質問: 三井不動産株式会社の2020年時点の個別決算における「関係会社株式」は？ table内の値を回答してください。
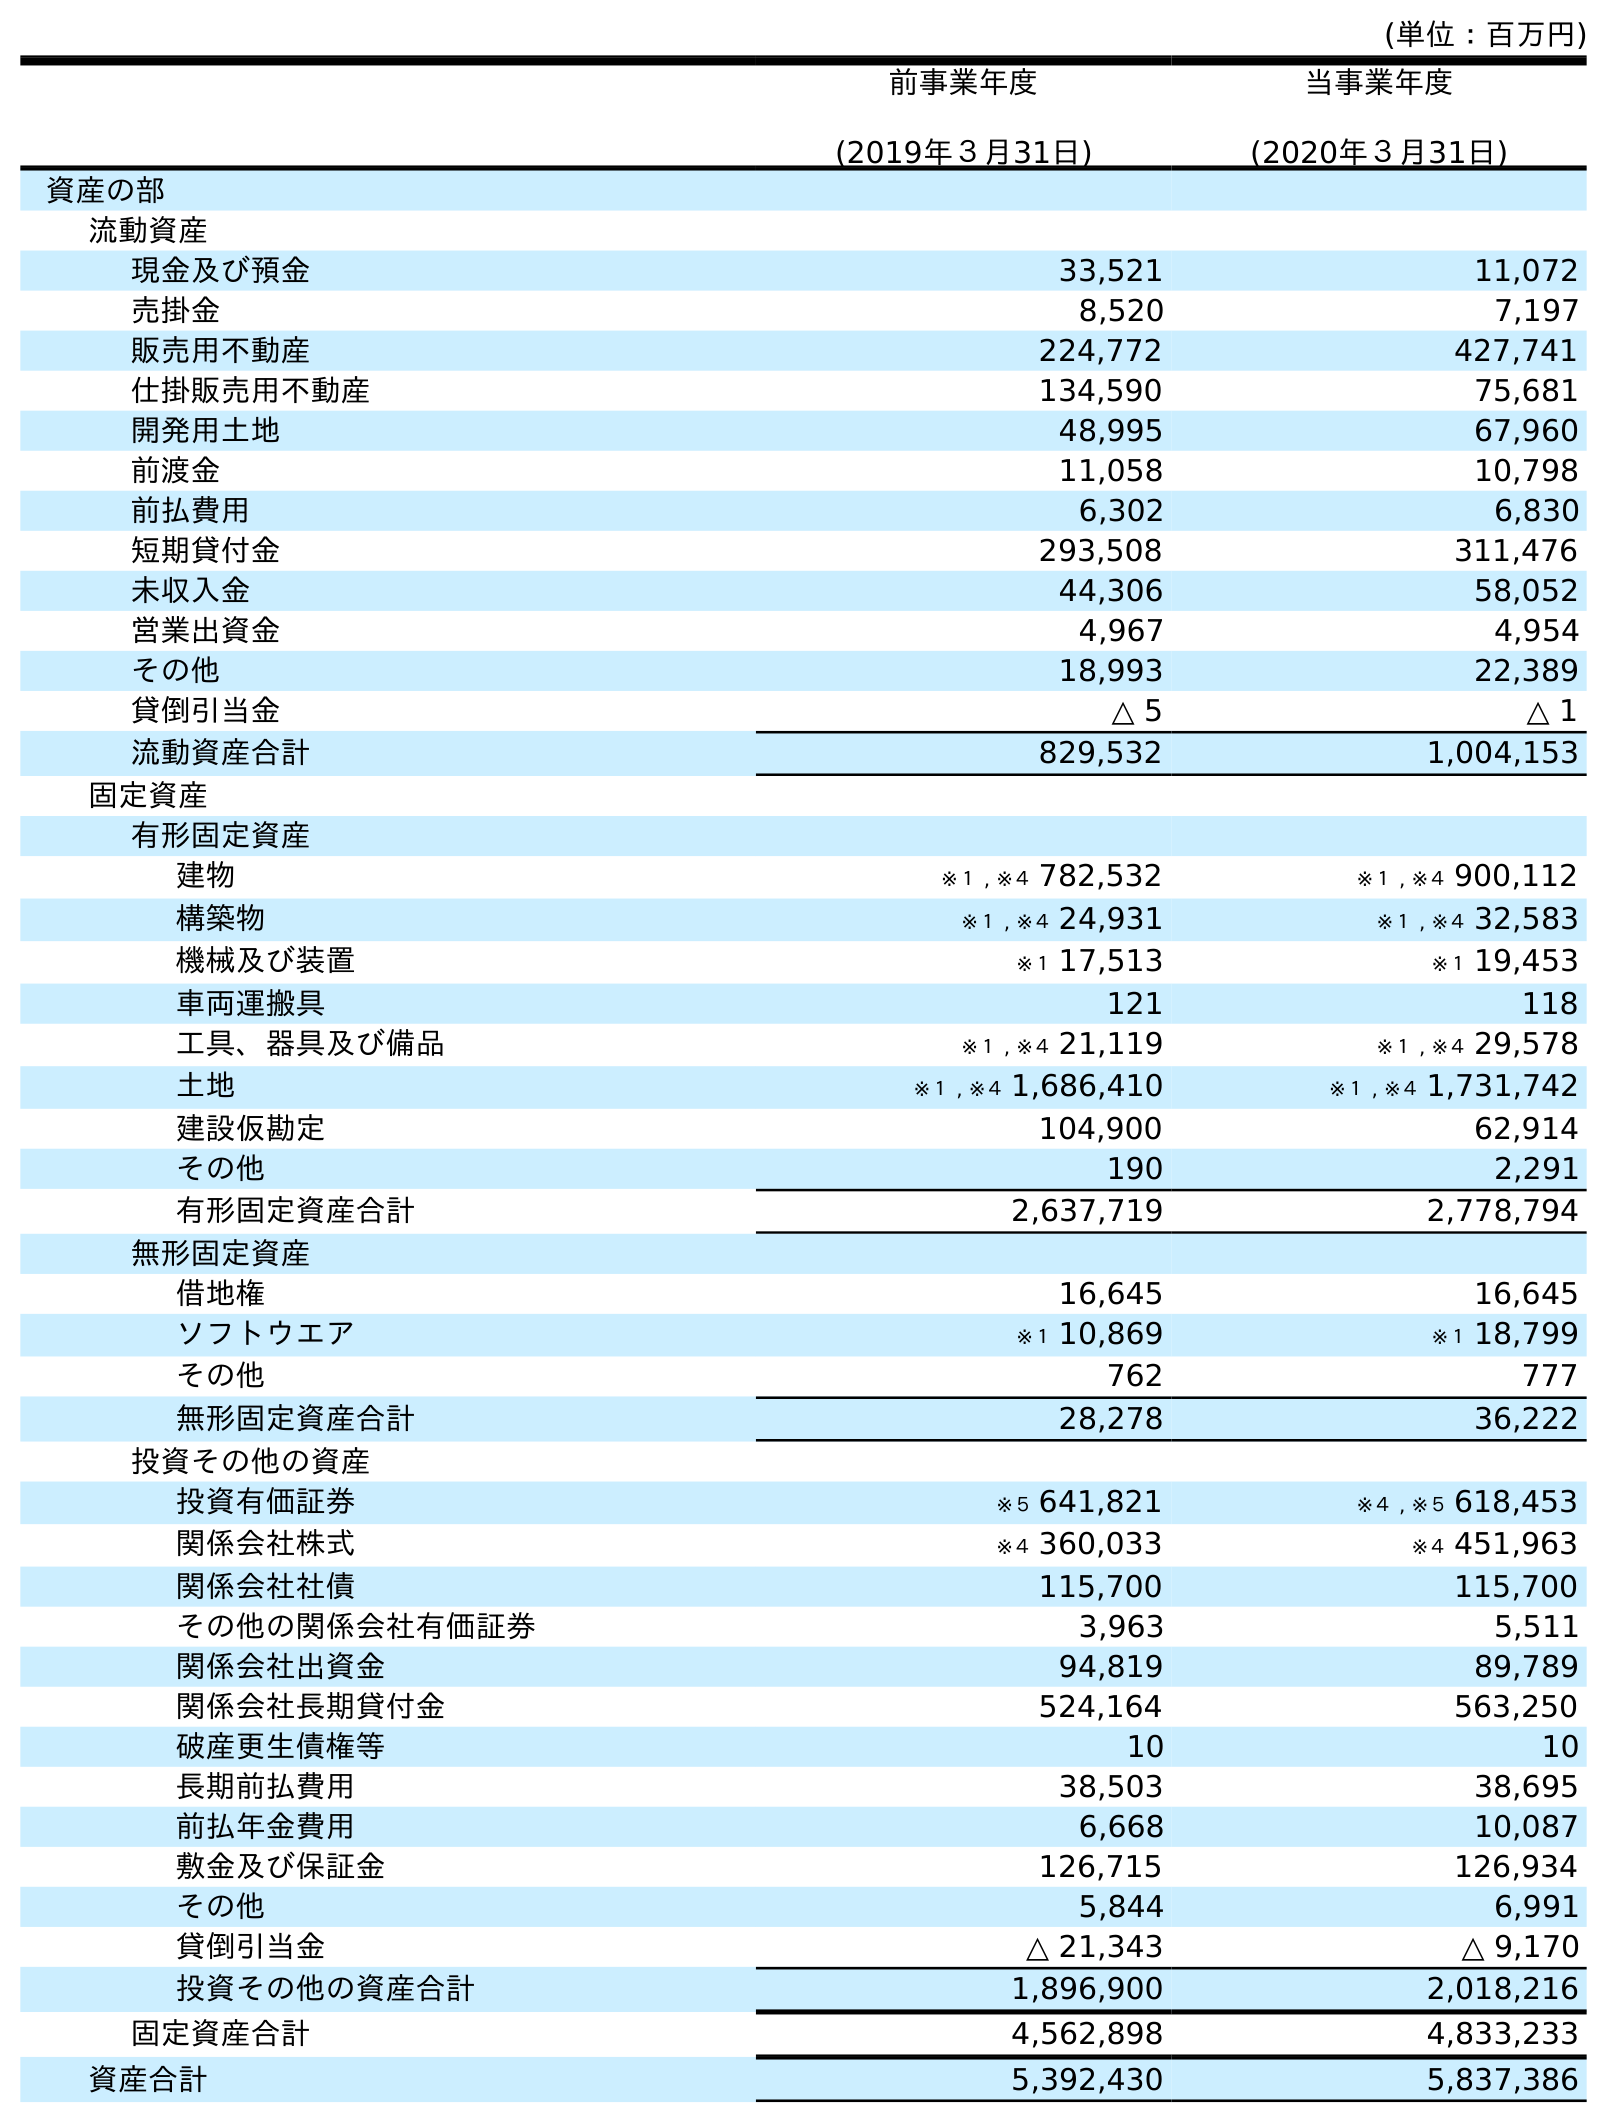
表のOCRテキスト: (単位：百万円) 前事業年度 (2019年３月31日) 当事業年度 (2020年３月31日) 資産の部 流動資産 現金及び預金 33,521 11,072 売掛金 8,520 7,197 販売用不動産 224,772 427,741 仕掛販売用不動産 134,590 75,681 開発用土地 48,995 67,960 前渡金 11,058 10,798 前払費用 6,302 6,830 短期貸付金 293,508 311,476 未収入金 44,306 58,052 営業出資金 4,967 4,954 その他 18,993 22,389 貸倒引当金 △ 5 △ 1 流動資産合計 829,532 1,004,153 固定資産 有形固定資産 建物 ※１ , ※４ 782,532 ※１ , ※４ 900,112 構築物 ※１ , ※４ 24,931 ※１ , ※４ 32,583 機械及び装置 ※１ 17,513 ※１ 19,453 車両運搬具 121 118 工具、器具及び備品 ※１ , ※４ 21,119 ※１ , ※４ 29,578 土地 ※１ , ※４ 1,686,410 ※１ , ※４ 1,731,742 建設仮勘定 104,900 62,914 その他 190 2,291 有形固定資産合計 2,637,719 2,778,794 無形固定資産 借地権 16,645 16,645 ソフトウエア ※１ 10,869 ※１ 18,799 その他 762 777 無形固定資産合計 28,278 36,222 投資その他の資産 投資有価証券 ※５ 641,821 ※４ , ※５ 618,453 関係会社株式 ※４ 360,033 ※４ 451,963 関係会社社債 115,700 115,700 その他の関係会社有価証券 3,963 5,511 関係会社出資金 94,819 89,789 関係会社長期貸付金 524,164 563,250 破産更生債権等 10 10 長期前払費用 38,503 38,695 前払年金費用 6,668 10,087 敷金及び保証金 126,715 126,934 その他 5,844 6,991 貸倒引当金 △ 21,343 △ 9,170 投資その他の資産合計 1,896,900 2,018,216 固定資産合計 4,562,898 4,833,233 資産合計 5,392,430 5,837,386
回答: ※４451,963